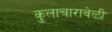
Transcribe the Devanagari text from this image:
कुलाचारावेळी